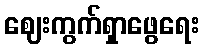
ဈေးကွက်ရှာဖွေရေး